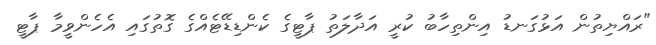
"ރައްޔިތުން އަޅުގަނޑު އިންތިހާބު ކުރީ އަދާލަތު ޕާޓީގެ ކެންޑިޑޭޓެއްގެ ގޮތުގައި އެހެންވީމާ ޕާޓީ